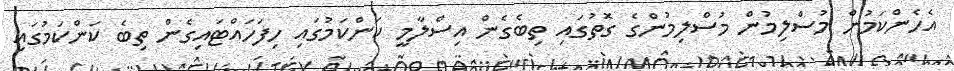
އެހެންކަމުން މުސްލިމުން މުސްލިމުންގެ ގޮތުގައި ތިބެގެން އިސްލާމީ ކަންކަމުގައި ހިފަހައްޓައިގެން ތިބެ ކަންކަމުގައި